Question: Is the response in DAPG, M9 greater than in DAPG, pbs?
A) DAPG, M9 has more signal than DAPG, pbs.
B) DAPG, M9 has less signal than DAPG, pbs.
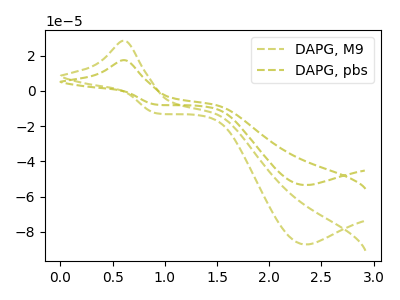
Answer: <think>The olive dashed curve "DAPG, M9" has an anodic peak at (0.60V, 28.50uA) and a cathodic peak at (2.35V, -87.20uA). The olive dashed curve "DAPG, pbs" has an anodic peak at (0.60V, 17.50uA) and a cathodic peak at (2.35V, -53.45uA).
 All the peaks in "DAPG, M9" have a peak in "DAPG, pbs" at the same potential. Every peak in "DAPG, M9" is higher than every peak in "DAPG, pbs".</think>
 <answer>A) "DAPG, M9" has more signal than "DAPG, pbs".</answer>
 <eval>A</eval>